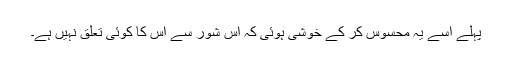
پہلے اسے یہ محسوس کر کے خوشی ہوئی کہ اس شور سے اس کا کوئی تعلق نہیں ہے۔